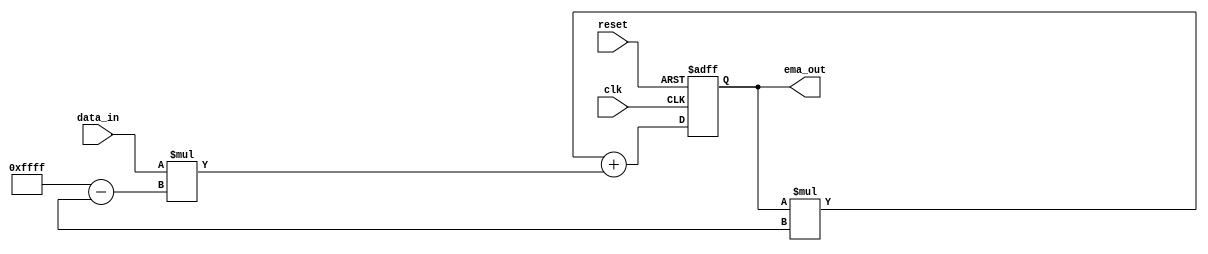
module EMA_accumulator(
    input wire clk,           // Clock input
    input wire reset,         // Reset signal
    input wire [15:0] data_in, // Input data 
    output wire [15:0] ema_out // Exponential Moving Average output
);

reg [15:0] accumulator;

always @(posedge clk or posedge reset) begin
    if (reset) begin
        accumulator <= 16'h0000; // Reset accumulator value
    end else begin
        accumulator <= accumulator * smoothing_factor + data_in * (16'hFFFF - smoothing_factor);
        // Update accumulator with weighted average
    end
end

assign ema_out = accumulator; // Output the Exponential Moving Average

endmodule